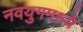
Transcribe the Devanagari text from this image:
नवयुगमध्ये